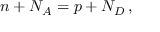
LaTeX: n + N _ { A } = p + N _ { D } \, ,